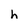
Character: h